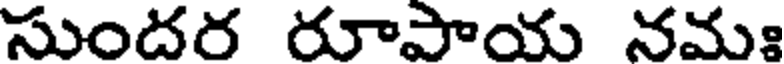
సుందర రూపాయ నమః